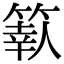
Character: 𥱩